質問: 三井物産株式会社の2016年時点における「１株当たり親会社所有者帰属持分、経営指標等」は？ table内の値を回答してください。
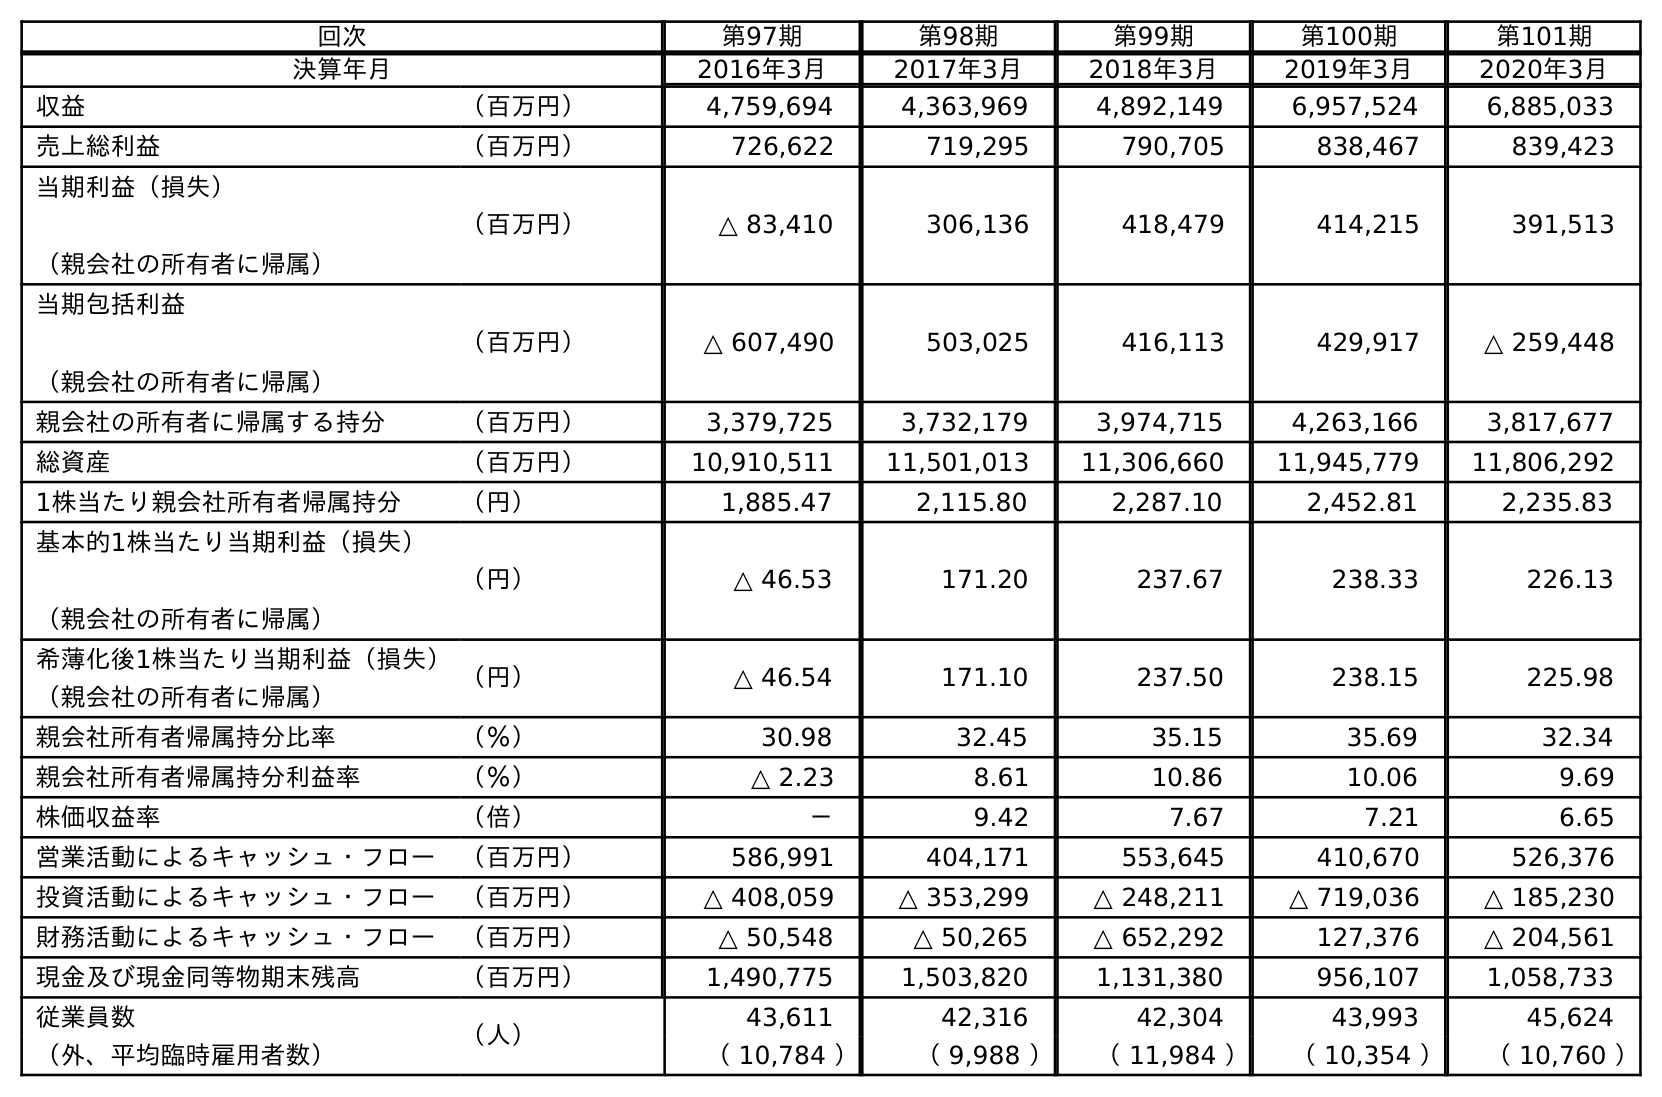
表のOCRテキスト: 回次 第97期 第98期 第99期 第100期 第101期 決算年月 2016年3月 2017年3月 2018年3月 2019年3月 2020年3月 収益 （百万円） 4,759,694 4,363,969 4,892,149 6,957,524 6,885,033 売上総利益 （百万円） 726,622 719,295 790,705 838,467 839,423 当期利益（損失） （親会社の所有者に帰属） （百万円） △ 83,410 306,136 418,479 414,215 391,513 当期包括利益 （親会社の所有者に帰属） （百万円） △ 607,490 503,025 416,113 429,917 △ 259,448 親会社の所有者に帰属する持分 （百万円） 3,379,725 3,732,179 3,974,715 4,263,166 3,817,677 総資産 （百万円） 10,910,511 11,501,013 11,306,660 11,945,779 11,806,292 1株当たり親会社所有者帰属持分 （円） 1,885.47 2,115.80 2,287.10 2,452.81 2,235.83 基本的1株当たり当期利益（損失） （親会社の所有者に帰属） （円） △ 46.53 171.20 237.67 238.33 226.13 希薄化後1株当たり当期利益（損失） （親会社の所有者に帰属） （円） △ 46.54 171.10 237.50 238.15 225.98 親会社所有者帰属持分比率 （％） 30.98 32.45 35.15 35.69 32.34 親会社所有者帰属持分利益率 （％） △ 2.23 8.61 10.86 10.06 9.69 株価収益率 （倍） － 9.42 7.67 7.21 6.65 営業活動によるキャッシュ・フロー （百万円） 586,991 404,171 553,645 410,670 526,376 投資活動によるキャッシュ・フロー （百万円） △ 408,059 △ 353,299 △ 248,211 △ 719,036 △ 185,230 財務活動によるキャッシュ・フロー （百万円） △ 50,548 △ 50,265 △ 652,292 127,376 △ 204,561 現金及び現金同等物期末残高 （百万円） 1,490,775 1,503,820 1,131,380 956,107 1,058,733 従業員数 （人） 43,611 42,316 42,304 43,993 45,624 （外、平均臨時雇用者数） （ 10,784 ） （ 9,988 ） （ 11,984 ） （ 10,354 ） （ 10,760 ）
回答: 1,885.47